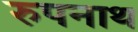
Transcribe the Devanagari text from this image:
रुपनाथ